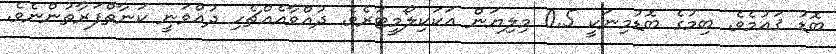
ބޮޑު ޤައުމެވެ. ބިމުގެ ބޮޑުމިނަކީ 0.5 މިލިޔަން އަކަކިލޯމީޓަރެވެ. ދުއްވާއެއްޗެހި ދުއްވަނީ ކަނާތްފަރާތުންނެވެ.